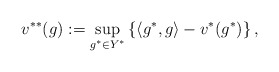
\begin{align*}v^{**}(g):= \sup_{g^*\in Y^*}\left\{ \langle g^*, g\rangle - v^*(g^*)\right\},\end{align*}